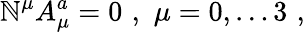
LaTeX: \mathbb{N}^{\mu}A_{\mu}^{a}=0\, \, ,\, \, \mu=0,\dots3\, \, ,